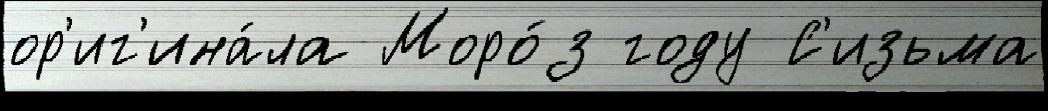
ор'иг'ина́ла Моро́з году С'изьма